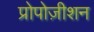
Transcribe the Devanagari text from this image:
प्रोपोज़ीशन